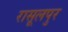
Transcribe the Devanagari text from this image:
रासूलपुर